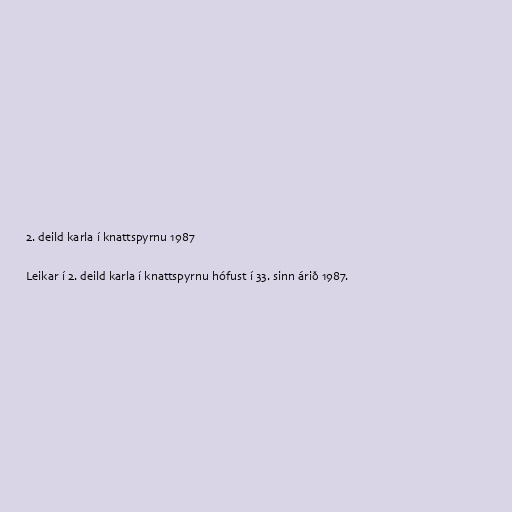
2. deild karla í knattspyrnu 1987

Leikar í 2. deild karla í knattspyrnu hófust í 33. sinn árið 1987.